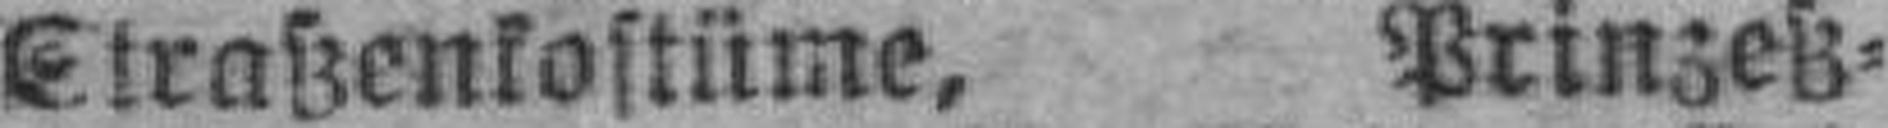
Straßenkostüme, Prinzeß=